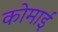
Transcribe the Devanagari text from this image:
कोमाई